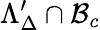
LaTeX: \Lambda_{\Delta}^{\prime}\cap\mathcal{B}_{c}